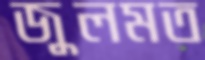
জুলমত